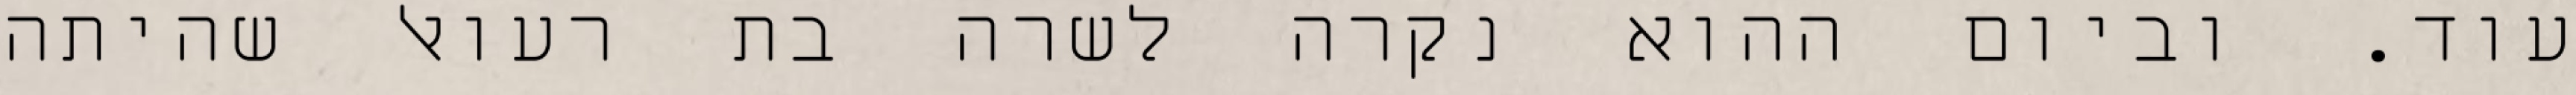
עוד. וביום ההוא נקרה לשרה בת רעואל שהיתה